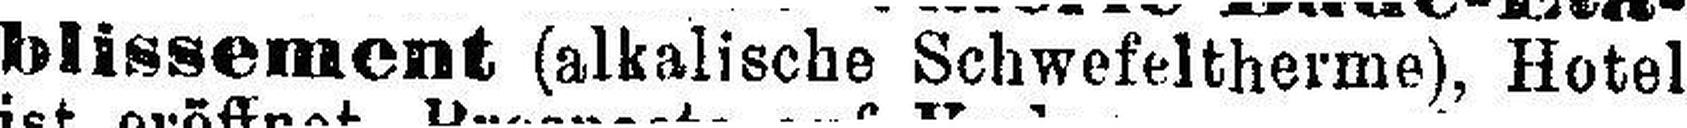
blissement (alkalische Schwefeltherme), Hotel